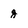
Character: g